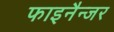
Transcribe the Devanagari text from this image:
फाइनैन्जर